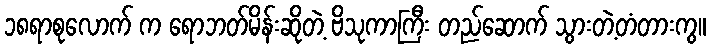
၁၈ရာစုလောက် က ရောဘတ်မိန်းဆိုတဲ့ ဗိသုကာကြီး တည်ဆောက် သွားတဲ့တံတားကွ။